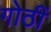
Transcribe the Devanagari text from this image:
गोठीं